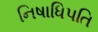
નિષાધિપતિ